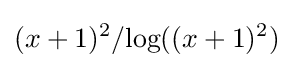
(x+1)^{2}/{\text{log}}((x+1)^{2})